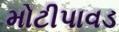
મોટીપાવડ